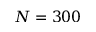
N = 3 0 0